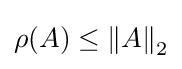
\rho (A)\leq {\|A\|}_{2}